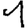
Digit: 1